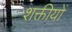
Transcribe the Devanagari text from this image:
शक्तीयों